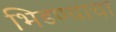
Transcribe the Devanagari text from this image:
भिडण्याचा